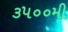
૩૫૦૦મી